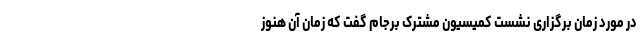
در مورد زمان برگزاری نشست کمیسیون مشترک برجام گفت که زمان آن هنوز